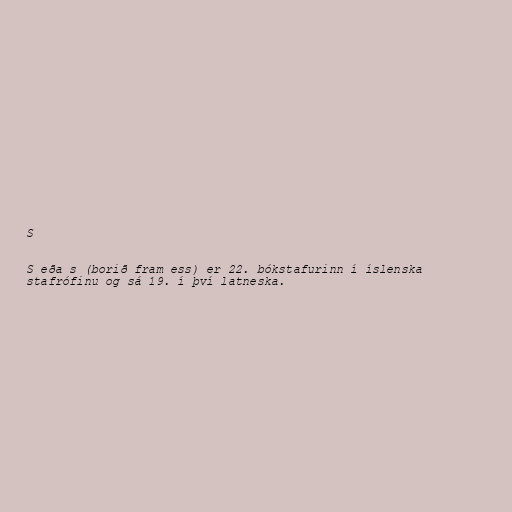
S

S eða s (borið fram ess) er 22. bókstafurinn í íslenska
stafrófinu og sá 19. í því latneska.